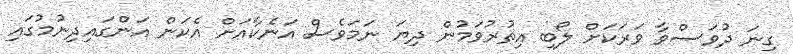
ގިނަ ދުވަސްވާ ވަރަކަށް ލޯބި އިތުރުވަމުން ދިޔަ ނަމަވެސް އަނެކާއަށް އެކަން އަންގައިދިނުމުގައި